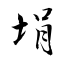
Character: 埍